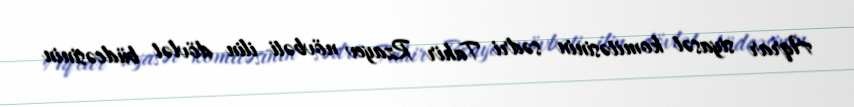
Aqrar siyasət komitəsinin sədri Tahir Rzayev növbəti ilin dövlət büdcəsinin